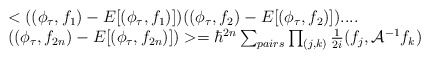
\begin{align*}\begin{array}{l}<((\phi_{\tau},f_{1})-E[(\phi_{\tau},f_{1})])((\phi_{\tau},f_{2})-E [(\phi_{\tau},f_{2})]) ....\cr((\phi_{\tau},f_{2n})-E[(\phi_{\tau},f_{2n})])>=\hbar^{2n}\sum_{pairs}\prod_{(j,k)}\frac{1}{2i}(f_{j},{\cal A}^{-1}f_{k})\end{array}\end{align*}